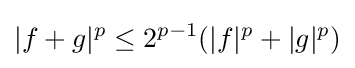
|f+g|^{p}\leq 2^{p-1}(|f|^{p}+|g|^{p})